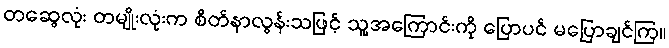
တဆွေလုံး တမျိုးလုံးက စိတ်နာလွန်းသဖြင့် သူ့အကြောင်းကို ပြောပင် မပြောချင်ကြ။